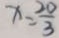
x = \frac { 2 0 } { 3 }